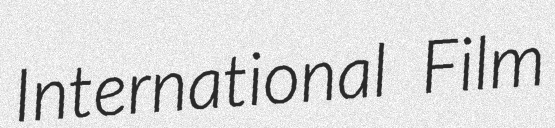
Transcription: International Film